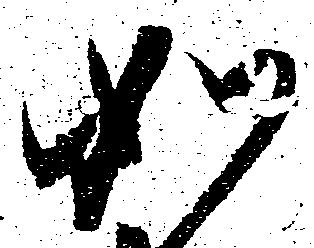
如